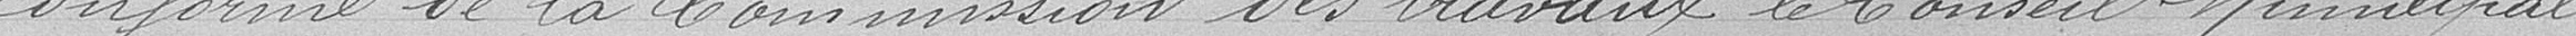
conforme de la Commission des travaux, le Conseil Municipal